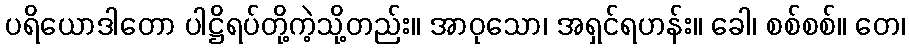
ပရိယောဒါတော ပါဋ္ဌိရပ်တို့ကဲ့သို့တည်း။ အာဝုသော၊ အရှင်ရဟန်း။ ခေါ၊ စစ်စစ်။ တေ၊